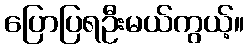
ပြောပြရဦးမယ်ကွယ့်။